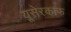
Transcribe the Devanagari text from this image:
यूसेरकाफ